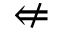
\nLeftarrow